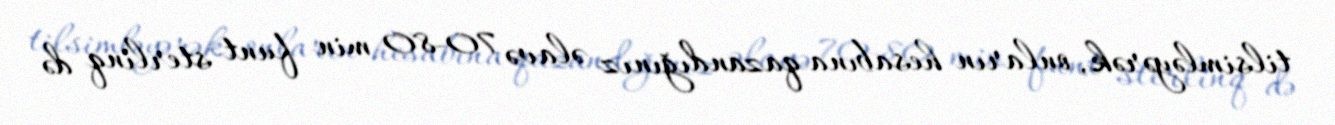
tilsimləyərək, onların hesabına qazandığınız əlavə 70-80 min funt sterlinq də